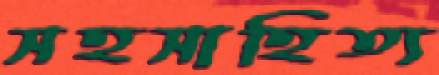
সহসাহিত্য